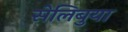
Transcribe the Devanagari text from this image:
सेलिबुया